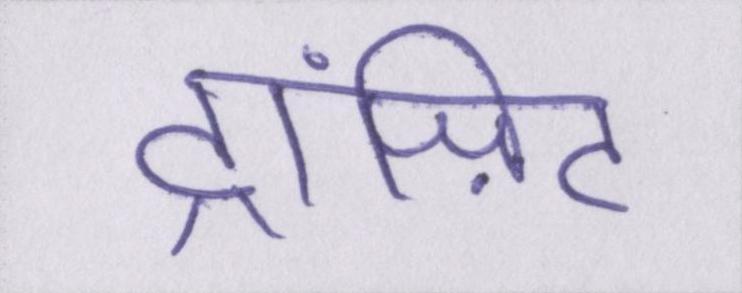
ट्रांज़िट